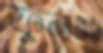
ফুলধনু